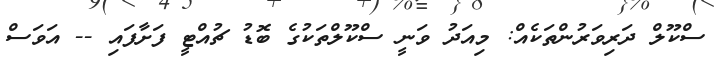
ސްކޫލް ދަރިވަރުންތަކެއް: މިއަދު ވަނީ ސްކޫލްތަކުގެ ބޮޑު ޗުއްޓީ ފަށާފައި -- އަވަސް